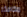
مكافئة